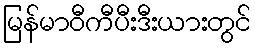
မြန်မာဝီကီပီးဒီးယားတွင်